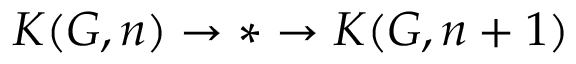
K ( G , n ) \to * \to K ( G , n + 1 )